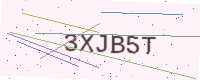
Text: 3XJB5T